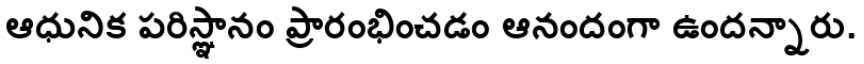
ఆధునిక పరిస్ఞానం ప్రారంభించడం ఆనందంగా ఉందన్నారు.